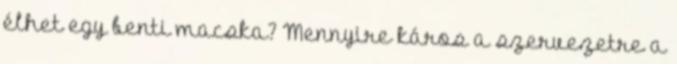
élhet egy benti macska? Mennyire káros a szervezetre a